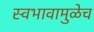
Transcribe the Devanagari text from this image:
स्वभावामुळेच